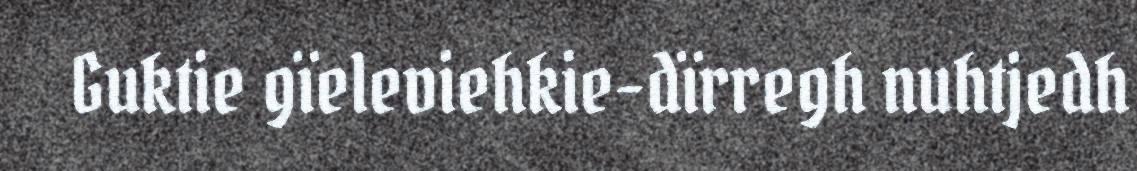
Guktie gïeleviehkie-dïrregh nuhtjedh